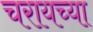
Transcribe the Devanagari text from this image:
चरायच्या